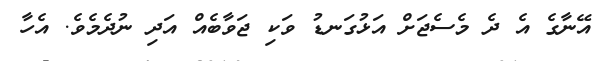
އޭނާގެ އެ ދެ މެސެޖަށް އަޅުގަނޑު ވަކި ޖަވާބެއް އަދި ނުދެމެވެ. އެހާ